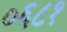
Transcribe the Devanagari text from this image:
०६८१